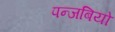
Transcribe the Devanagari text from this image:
पन्जबियो